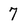
Character: 7